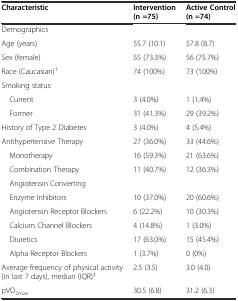
| Characteristic | Intervention (n =75) | Active Control (n =74) |
 | --- | --- | --- |
 | Demographics |  |  |
 | Age (years) | 55.7 (10.1) | 57.8 (8.7) |
 | Sex (female) | 55 (73.3%) | 56 (75.7%) |
 | Race (Caucasian)† | 74 (100%) | 73 (100%) |
 | Smoking status: |  |  |
 | Current | 3 (4.0%) | 1 (1.4%) |
 | Former | 31 (41.3%) | 29 (39.2%) |
 | History of Type 2 Diabetes | 3 (4.0%) | 4 (5.4%) |
 | Antihypertensive Therapy | 27 (36.0%) | 33 (44.6%) |
 | Monotherapy | 16 (59.3%) | 21 (63.6%) |
 | Combination Therapy | 11 (40.7%) | 12 (36.3%) |
 | Angiotensin Converting |  |  |
 | Enzyme Inhibitors | 10 (37.0%) | 20 (60.6%) |
 | Angiotensin Receptor Blockers | 6 (22.2%) | 10 (30.3%) |
 | Calcium Channel Blockers | 4 (14.8%) | 1 (3.0%) |
 | Diuretics | 17 (63.0%) | 15 (45.4%) |
 | Alpha Receptor Blockers | 1 (3.7%) | 0 (0%) |
 | Average frequency of physical activity (in last 7 days), median (IQR)‡ | 2.5 (3.5) | 3.0 (4.0) |
 | pVO2max | 30.5 (6.8) | 31.2 (6.3) |